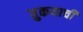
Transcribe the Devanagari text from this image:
तुकयाची